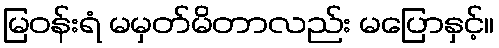
မြဝန်းရံ မမှတ်မိတာလည်း မပြောနှင့်။